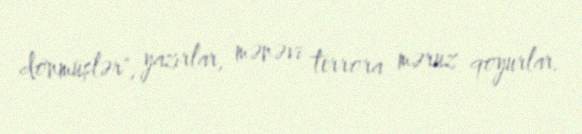
dönmüşlər", yazırlar, mənəvi terrora məruz qoyurlar.